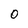
Character: 0